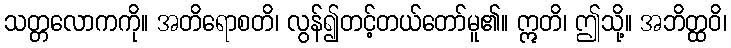
သတ္တလောကကို။ အတိရောစတိ၊ လွန်၍တင့်တယ်တော်မူ၏။ ဣတိ၊ ဤသို့။ အဘိတ္ထဝိ၊